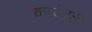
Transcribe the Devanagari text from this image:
काउंट्स